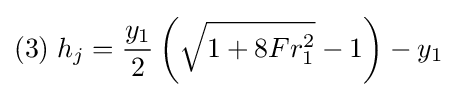
(3)\;h_{j}={\frac {y_{1}}{2}}\left({\sqrt {1+8Fr_{1}^{2}}}-1\right)-y_{1}